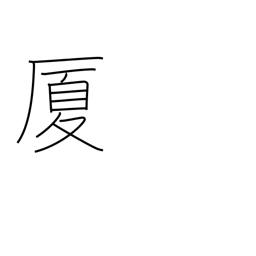
Meaning: house